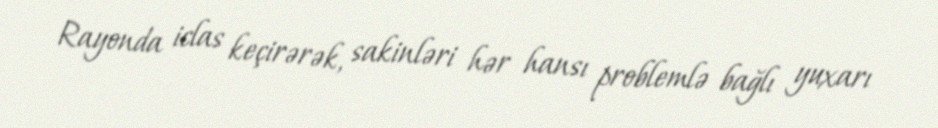
Rayonda iclas keçirərək, sakinləri hər hansı problemlə bağlı yuxarı